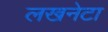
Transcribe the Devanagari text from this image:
लखनेटा